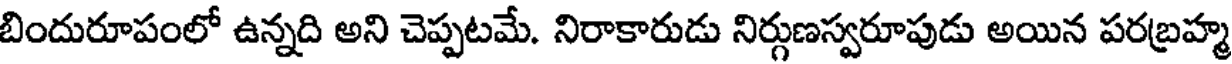
బిందురూపంలో ఉన్నది అని చెప్పటమే. నిరాకారుడు నిర్గుణస్వరూపుడు అయిన పరబ్రహ్మ